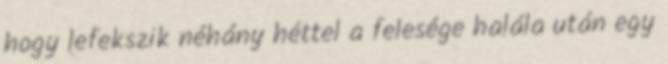
hogy lefekszik néhány héttel a felesége halála után egy